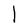
Character: l